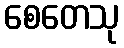
စေတေသု